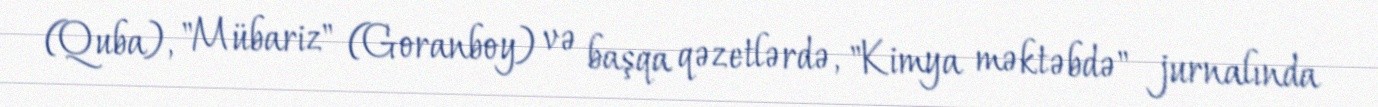
(Quba), "Mübariz" (Goranboy) və başqa qəzetlərdə, "Kimya məktəbdə" jurnalında